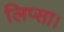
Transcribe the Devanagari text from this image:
लिप्सा।